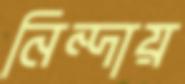
নিন্দায়